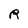
Character: R